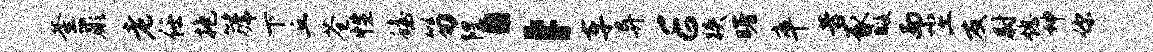
釜蕨老任抱篪下丘苍性蟾笏隍；车异E狭曙卒昔豕暇而尘友尉熄坤你